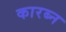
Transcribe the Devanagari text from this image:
कारब्न